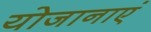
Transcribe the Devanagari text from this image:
योजानाएं